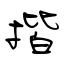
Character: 揩